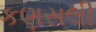
કણસલી